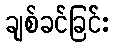
ချစ်ခင်ခြင်း